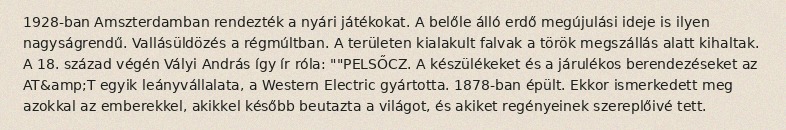
1928-ban Amszterdamban rendezték a nyári játékokat. A belőle álló erdő megújulási ideje is ilyen nagyságrendű. Vallásüldözés a régmúltban. A területen kialakult falvak a török megszállás alatt kihaltak. A 18. század végén Vályi András így ír róla: ""PELSŐCZ. A készülékeket és a járulékos berendezéseket az AT&amp;T egyik leányvállalata, a Western Electric gyártotta. 1878-ban épült. Ekkor ismerkedett meg azokkal az emberekkel, akikkel később beutazta a világot, és akiket regényeinek szereplőivé tett.